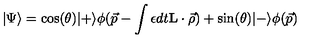
| \Psi \rangle = \cos ( \theta ) | + \rangle \phi ( \vec { p } - \int \epsilon d t { \bf L } \cdot \vec { \rho } ) + \sin ( \theta ) | - \rangle \phi ( \vec { p } )